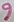
Text: 9